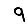
Digit: 9